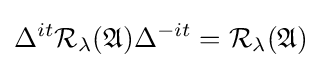
\Delta ^{it}{\cal {R}}_{\lambda }({\mathfrak {A}})\Delta ^{-it}={\cal {R}}_{\lambda }({\mathfrak {A}})